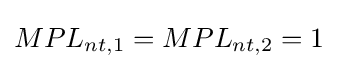
MPL_{nt,1}=MPL_{nt,2}=1